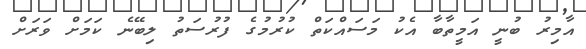
އާމިރު ބުނީ އަމީތާބާ އެކު މަސައްކަތް ކުރުމުގެ ފުރުސަތު ލިބޭނެ ކަމަށް ވަރަށް